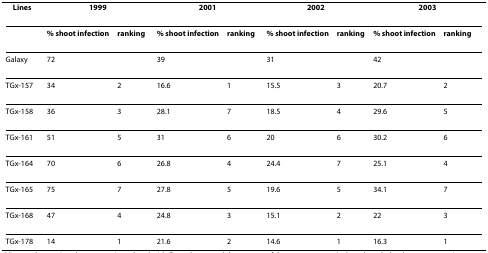
<table><thead><tr><td><b>Lines</b></td><td colspan="2"><b>1999</b></td><td colspan="2"><b>2001</b></td><td colspan="2"><b>2002</b></td><td colspan="2"><b>2003</b></td></tr></thead><tbody><tr><td></td><td><b>% shoot infection</b></td><td><b>ranking</b></td><td><b>% shoot infection</b></td><td><b>ranking</b></td><td><b>% shoot infection</b></td><td><b>ranking</b></td><td><b>% shoot infection</b></td><td><b>ranking</b></td></tr><tr><td>Galaxy</td><td>72</td><td></td><td>39</td><td></td><td>31</td><td></td><td>42</td><td></td></tr><tr><td>TGx-157</td><td>34</td><td>2</td><td>16.6</td><td>1</td><td>15.5</td><td>3</td><td>20.7</td><td>2</td></tr><tr><td>TGx-158</td><td>36</td><td>3</td><td>28.1</td><td>7</td><td>18.5</td><td>4</td><td>29.6</td><td>5</td></tr><tr><td>TGx-161</td><td>51</td><td>5</td><td>31</td><td>6</td><td>20</td><td>6</td><td>30.2</td><td>6</td></tr><tr><td>TGx-164</td><td>70</td><td>6</td><td>26.8</td><td>4</td><td>24.4</td><td>7</td><td>25.1</td><td>4</td></tr><tr><td>TGx-165</td><td>75</td><td>7</td><td>27.8</td><td>5</td><td>19.6</td><td>5</td><td>34.1</td><td>7</td></tr><tr><td>TGx-168</td><td>47</td><td>4</td><td>24.8</td><td>3</td><td>15.1</td><td>2</td><td>22</td><td>3</td></tr><tr><td>TGx-178</td><td>14</td><td>1</td><td>21.6</td><td>2</td><td>14.6</td><td>1</td><td>16.3</td><td>1</td></tr></tbody></table>